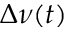
\Delta \nu ( t )